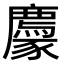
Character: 𧲊